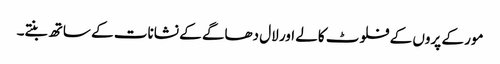
مور کے پروں کے فلوٹ کالے اور لال دھاگے کے نشانات کے ساتھ بنتے۔